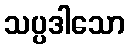
သပ္ပဒါသော